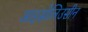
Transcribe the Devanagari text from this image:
आइसोलिउसीन